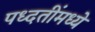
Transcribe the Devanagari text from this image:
पध्दतींमध्ये